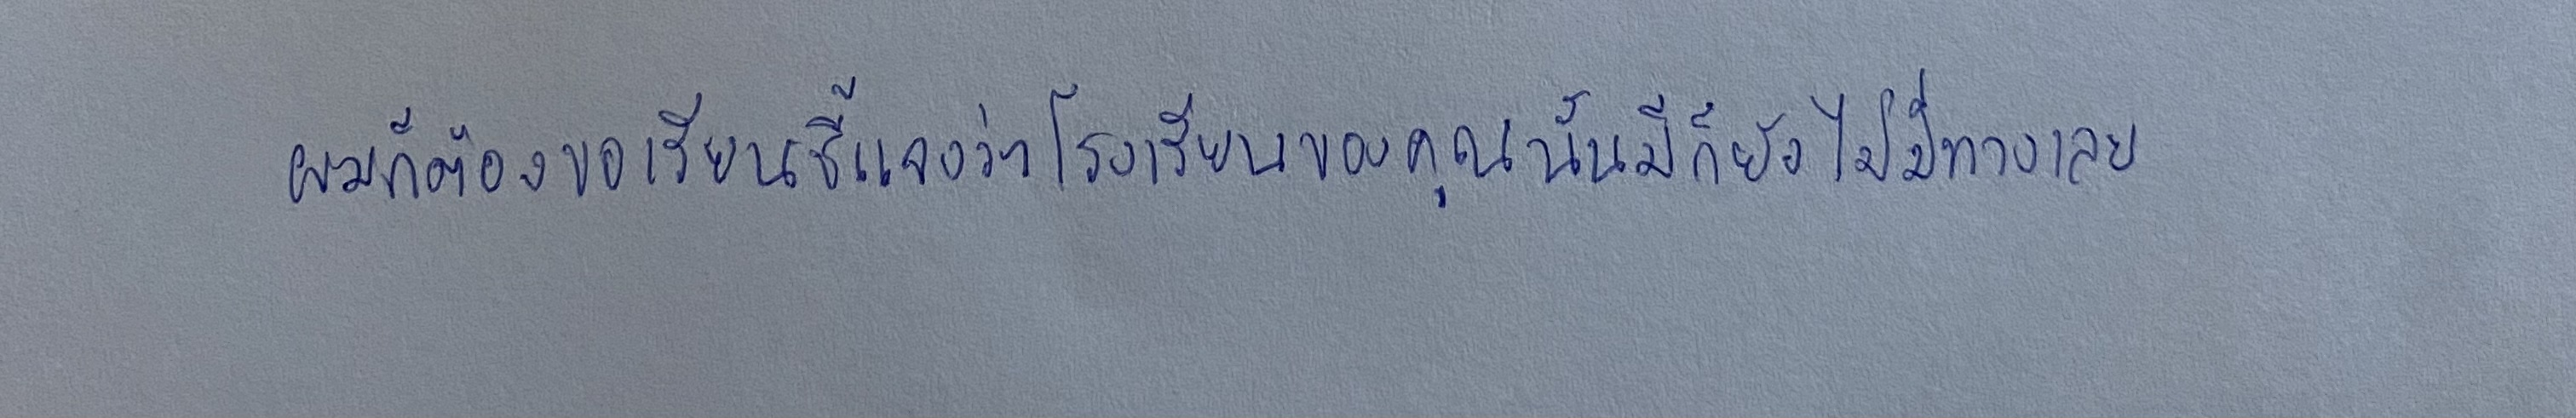
ผมก็ต้องขอเรียนชี้แจงว่าโรงเรียนของคุณนั้นมีก็ยังไม่มีทางเลย